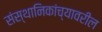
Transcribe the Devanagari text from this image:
संस्थानिकांच्यावरील